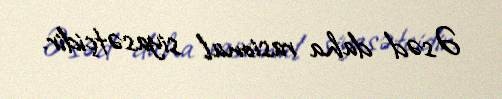
Əsəd daha rasional siyasətçidir.